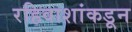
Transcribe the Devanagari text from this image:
रहिवाशांकडून